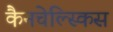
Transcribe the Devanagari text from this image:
कैनचेल्स्किस